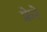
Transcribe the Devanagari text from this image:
फ्रेरे